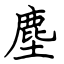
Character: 塵